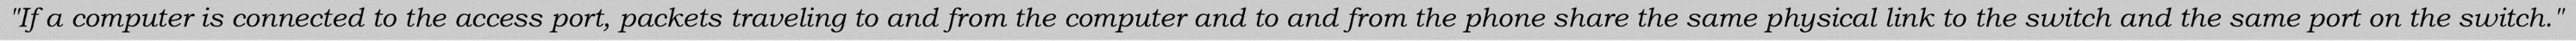
"If a computer is connected to the access port, packets traveling to and from the computer and to and from the phone share the same physical link to the switch and the same port on the switch."